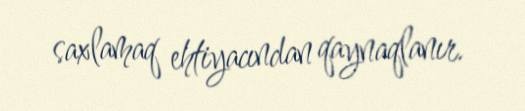
saxlamaq ehtiyacından qaynaqlanır.